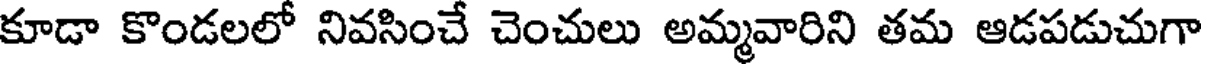
కూడా కొండలలో నివసించే చెంచులు అమ్మవారిని తమ ఆడపడుచుగా